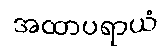
အထာပရာယံ